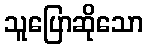
သူပြောဆိုသော